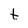
Character: t